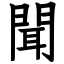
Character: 聞